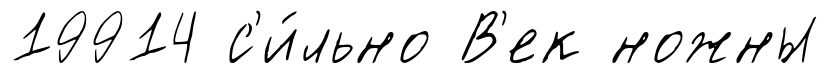
19914 с'и́льно В'ек ножны